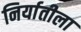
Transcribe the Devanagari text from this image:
निर्यातीला